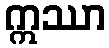
ဣဿာ